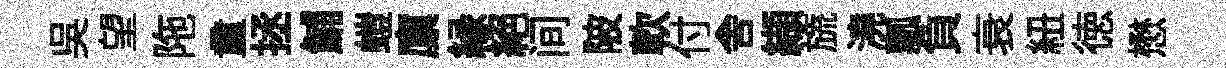
吴望陁童拯鯆螘廪縁絕间陂軟付舎纈旒澆瓢負衰紐徳懋